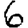
Digit: 6